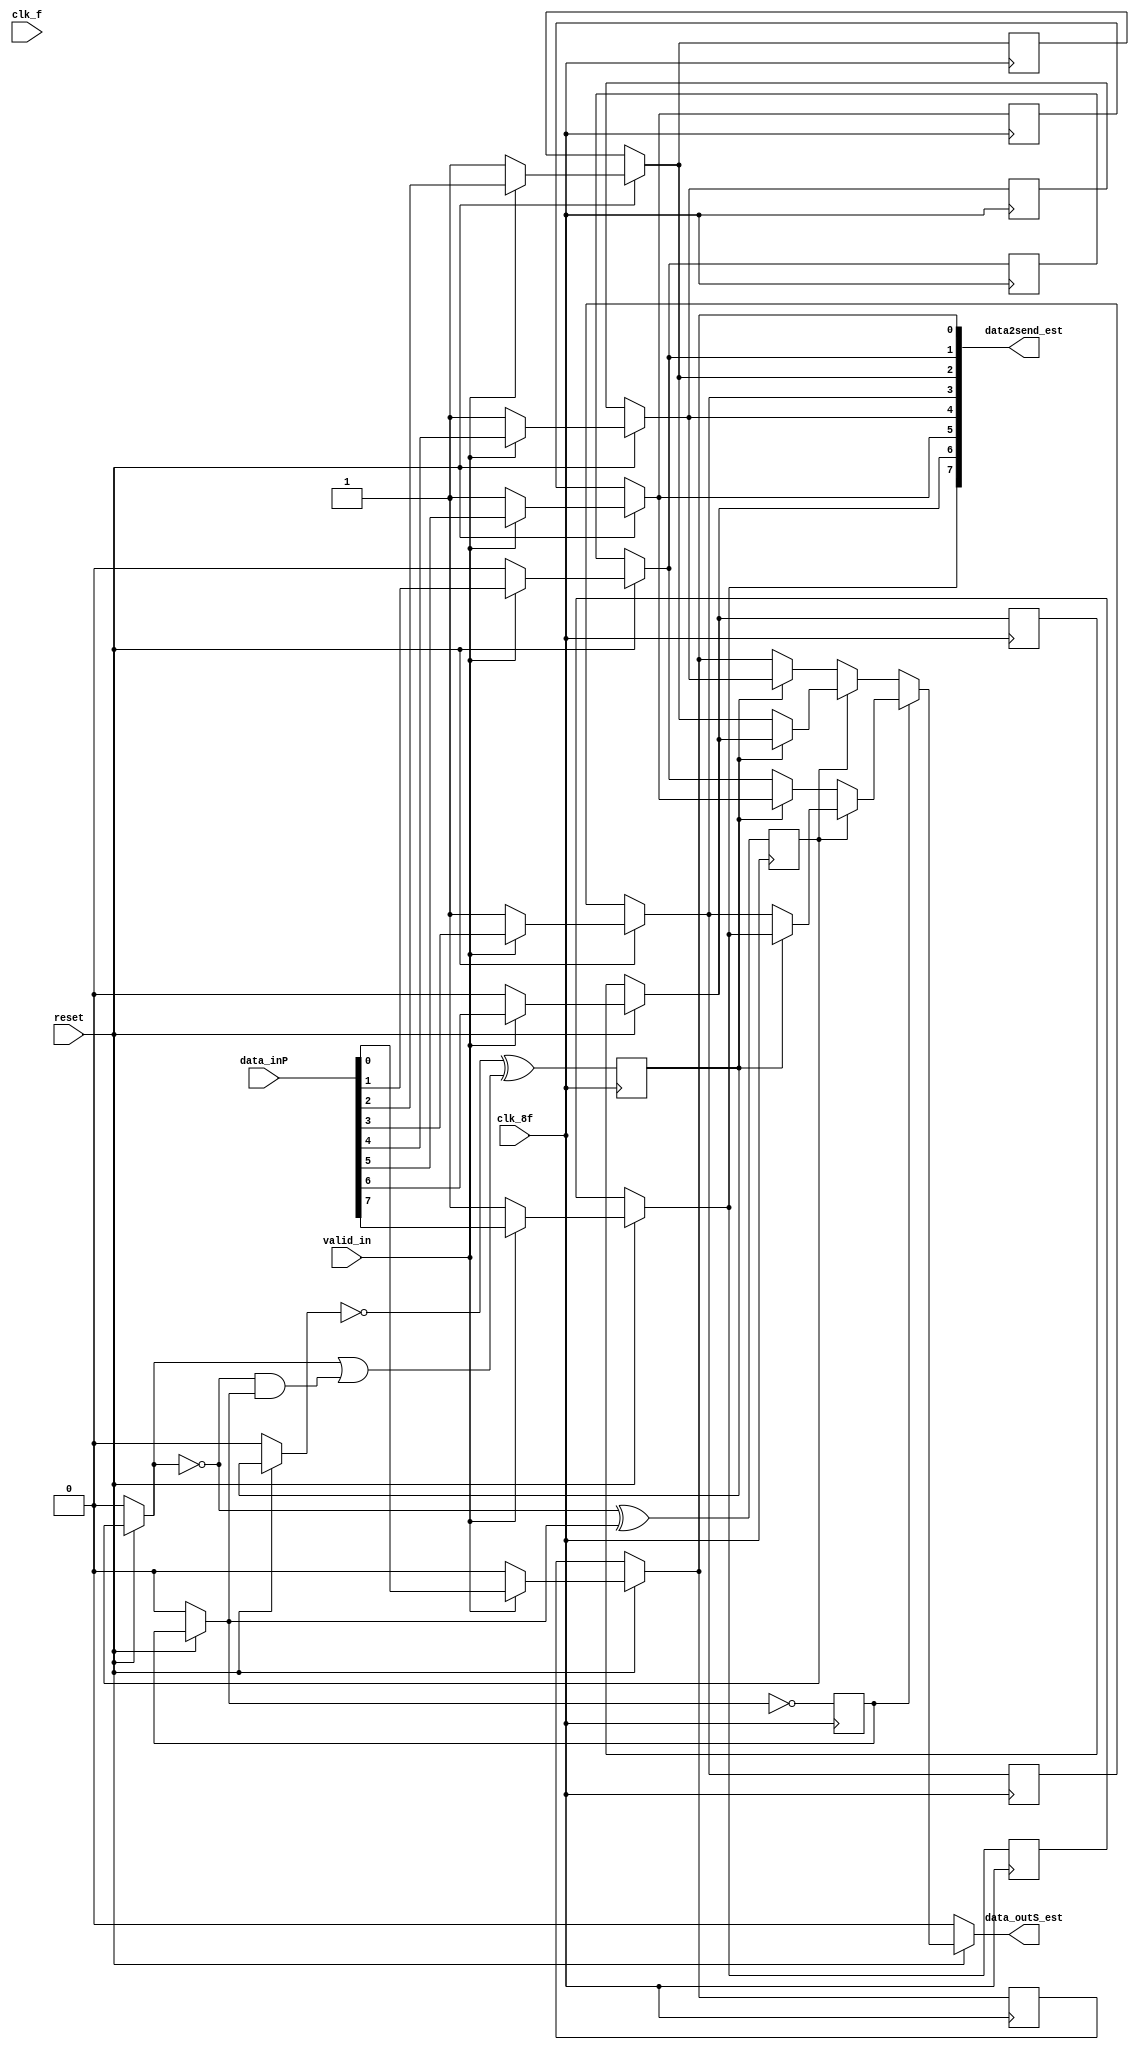
/* Generated by Yosys 0.8+285 (git sha1 a7ac8393, clang 6.0.0-1ubuntu2 -fPIC -Os) */

(* top =  1  *)
(* src = "ParaleloSerie_Est.v:1" *)
module ParaleloSerie_Est(data_inP, reset, clk_8f, clk_f, valid_in, data2send_est, data_outS_est);
  (* src = "ParaleloSerie_Est.v:13" *)
  wire [2:0] _00_;
  (* src = "ParaleloSerie_Est.v:18" *)
  wire [7:0] _01_;
  (* src = "ParaleloSerie_Est.v:19|<techmap.v>:142" *)
  wire [7:0] _02_;
  (* src = "ParaleloSerie_Est.v:19|<techmap.v>:145" *)
  wire [7:0] _03_;
  (* src = "ParaleloSerie_Est.v:19|<techmap.v>:145" *)
  wire [7:0] _04_;
  (* src = "ParaleloSerie_Est.v:14|<techmap.v>:260|<techmap.v>:203" *)
  wire [31:0] _05_;
  wire [31:0] _06_;
  (* src = "ParaleloSerie_Est.v:14|<techmap.v>:260|<techmap.v>:221" *)
  wire _07_;
  (* src = "ParaleloSerie_Est.v:4" *)
  input clk_8f;
  (* src = "ParaleloSerie_Est.v:5" *)
  input clk_f;
  (* src = "ParaleloSerie_Est.v:7" *)
  output [7:0] data2send_est;
  (* src = "ParaleloSerie_Est.v:11" *)
  reg [7:0] data2send_estF;
  (* src = "ParaleloSerie_Est.v:2" *)
  input [7:0] data_inP;
  (* src = "ParaleloSerie_Est.v:8" *)
  output data_outS_est;
  (* src = "ParaleloSerie_Est.v:10" *)
  wire [2:0] out44_est;
  (* src = "ParaleloSerie_Est.v:10" *)
  reg [2:0] out44_estF;
  (* src = "ParaleloSerie_Est.v:3" *)
  input reset;
  (* src = "ParaleloSerie_Est.v:6" *)
  input valid_in;
  assign _01_[0] = valid_in ? (* src = "ParaleloSerie_Est.v:22" *) data_inP[0] : 1'h0;
  assign _01_[1] = valid_in ? (* src = "ParaleloSerie_Est.v:22" *) data_inP[1] : 1'h0;
  assign _01_[2] = valid_in ? (* src = "ParaleloSerie_Est.v:22" *) data_inP[2] : 1'h1;
  assign _01_[3] = valid_in ? (* src = "ParaleloSerie_Est.v:22" *) data_inP[3] : 1'h1;
  assign _01_[4] = valid_in ? (* src = "ParaleloSerie_Est.v:22" *) data_inP[4] : 1'h1;
  assign _01_[5] = valid_in ? (* src = "ParaleloSerie_Est.v:22" *) data_inP[5] : 1'h1;
  assign _01_[6] = valid_in ? (* src = "ParaleloSerie_Est.v:22" *) data_inP[6] : 1'h0;
  assign _01_[7] = valid_in ? (* src = "ParaleloSerie_Est.v:22" *) data_inP[7] : 1'h1;
  assign data2send_est[0] = reset ? (* src = "ParaleloSerie_Est.v:21" *) _01_[0] : data2send_estF[0];
  assign data2send_est[1] = reset ? (* src = "ParaleloSerie_Est.v:21" *) _01_[1] : data2send_estF[1];
  assign data2send_est[2] = reset ? (* src = "ParaleloSerie_Est.v:21" *) _01_[2] : data2send_estF[2];
  assign data2send_est[3] = reset ? (* src = "ParaleloSerie_Est.v:21" *) _01_[3] : data2send_estF[3];
  assign data2send_est[4] = reset ? (* src = "ParaleloSerie_Est.v:21" *) _01_[4] : data2send_estF[4];
  assign data2send_est[5] = reset ? (* src = "ParaleloSerie_Est.v:21" *) _01_[5] : data2send_estF[5];
  assign data2send_est[6] = reset ? (* src = "ParaleloSerie_Est.v:21" *) _01_[6] : data2send_estF[6];
  assign data2send_est[7] = reset ? (* src = "ParaleloSerie_Est.v:21" *) _01_[7] : data2send_estF[7];
  assign data_outS_est = reset ? (* src = "ParaleloSerie_Est.v:21" *) _02_[0] : 1'h0;
  assign out44_est[0] = reset ? (* src = "ParaleloSerie_Est.v:21" *) out44_estF[0] : 1'h0;
  assign out44_est[1] = reset ? (* src = "ParaleloSerie_Est.v:21" *) out44_estF[1] : 1'h0;
  assign out44_est[2] = reset ? (* src = "ParaleloSerie_Est.v:21" *) out44_estF[2] : 1'h0;
  assign _04_[0] = out44_estF[1] ? (* src = "ParaleloSerie_Est.v:19|<techmap.v>:162" *) _03_[2] : _03_[0];
  assign _04_[1] = out44_estF[1] ? (* src = "ParaleloSerie_Est.v:19|<techmap.v>:162" *) _03_[3] : _03_[1];
  assign _02_[0] = out44_estF[0] ? (* src = "ParaleloSerie_Est.v:19|<techmap.v>:162" *) _04_[1] : _04_[0];
  assign _03_[0] = out44_estF[2] ? (* src = "ParaleloSerie_Est.v:19|<techmap.v>:162" *) data2send_est[4] : data2send_est[0];
  assign _03_[1] = out44_estF[2] ? (* src = "ParaleloSerie_Est.v:19|<techmap.v>:162" *) data2send_est[5] : data2send_est[1];
  assign _03_[2] = out44_estF[2] ? (* src = "ParaleloSerie_Est.v:19|<techmap.v>:162" *) data2send_est[6] : data2send_est[2];
  assign _03_[3] = out44_estF[2] ? (* src = "ParaleloSerie_Est.v:19|<techmap.v>:162" *) data2send_est[7] : data2send_est[3];
  (* src = "ParaleloSerie_Est.v:13" *)
  always @(posedge clk_8f)
      out44_estF[0] <= _00_[0];
  (* src = "ParaleloSerie_Est.v:13" *)
  always @(posedge clk_8f)
      out44_estF[1] <= _00_[1];
  (* src = "ParaleloSerie_Est.v:13" *)
  always @(posedge clk_8f)
      out44_estF[2] <= _00_[2];
  (* src = "ParaleloSerie_Est.v:13" *)
  always @(posedge clk_8f)
      data2send_estF[0] <= data2send_est[0];
  (* src = "ParaleloSerie_Est.v:13" *)
  always @(posedge clk_8f)
      data2send_estF[1] <= data2send_est[1];
  (* src = "ParaleloSerie_Est.v:13" *)
  always @(posedge clk_8f)
      data2send_estF[2] <= data2send_est[2];
  (* src = "ParaleloSerie_Est.v:13" *)
  always @(posedge clk_8f)
      data2send_estF[3] <= data2send_est[3];
  (* src = "ParaleloSerie_Est.v:13" *)
  always @(posedge clk_8f)
      data2send_estF[4] <= data2send_est[4];
  (* src = "ParaleloSerie_Est.v:13" *)
  always @(posedge clk_8f)
      data2send_estF[5] <= data2send_est[5];
  (* src = "ParaleloSerie_Est.v:13" *)
  always @(posedge clk_8f)
      data2send_estF[6] <= data2send_est[6];
  (* src = "ParaleloSerie_Est.v:13" *)
  always @(posedge clk_8f)
      data2send_estF[7] <= data2send_est[7];
  assign _00_[0] = out44_est[0] ^(* src = "ParaleloSerie_Est.v:14|<techmap.v>:263" *)  1'h1;
  assign _00_[1] = _06_[1] ^(* src = "ParaleloSerie_Est.v:14|<techmap.v>:263" *)  out44_est[0];
  assign _00_[2] = _06_[2] ^(* src = "ParaleloSerie_Est.v:14|<techmap.v>:263" *)  _05_[1];
  assign _06_[1] = out44_est[1] ^(* src = "ParaleloSerie_Est.v:14|<techmap.v>:262" *)  1'h1;
  assign _06_[2] = out44_est[2] ^(* src = "ParaleloSerie_Est.v:14|<techmap.v>:262" *)  1'h1;
  assign _07_ = _06_[1] &(* src = "ParaleloSerie_Est.v:14|<techmap.v>:260|<techmap.v>:221" *)  out44_est[0];
  assign _05_[1] = out44_est[1] |(* src = "ParaleloSerie_Est.v:14|<techmap.v>:260|<techmap.v>:221" *)  _07_;
endmodule